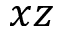
x z